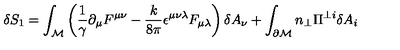
\delta S _ { 1 } = \int _ { \cal M } \left( \frac { 1 } { \gamma } \partial _ { \mu } F ^ { \mu \nu } - \frac { k } { 8 \pi } \epsilon ^ { \mu \nu \lambda } F _ { \mu \lambda } \right) \delta A _ { \nu } + \int _ { \partial \cal M } n _ { \perp } \Pi ^ { \perp i } \delta A _ { i }